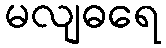
မလျဓရေ